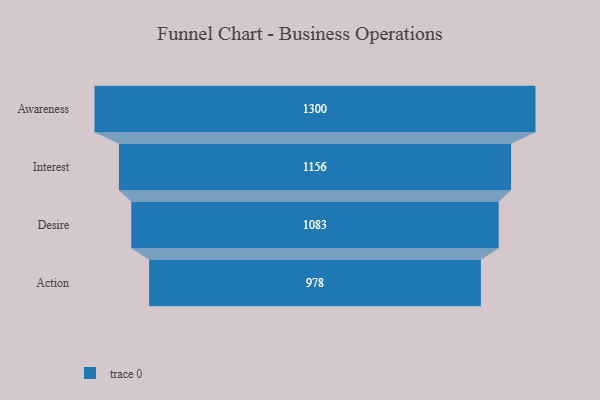
{"axis": {"x": "Stage", "y": "Value"}, "legend": [""], "data": [{"x": "Awareness", "y": 1300.0, "type": ""}, {"x": "Interest", "y": 1156.0, "type": ""}, {"x": "Desire", "y": 1083.0, "type": ""}, {"x": "Action", "y": 978.0, "type": ""}]}